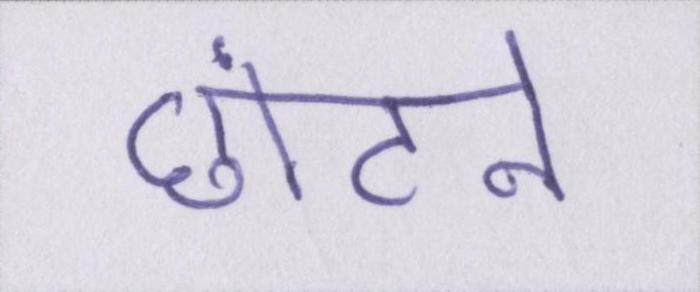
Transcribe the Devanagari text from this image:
छांटने